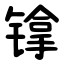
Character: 镎